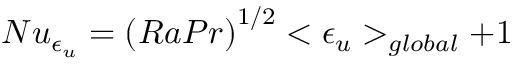
N u _ { \epsilon _ { u } } = { ( R a P r ) } ^ { 1 / 2 } < \epsilon _ { u } > _ { g l o b a l } + 1